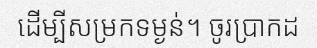
ដើម្បីសម្រកទម្ងន់។ ចូរប្រាកដ